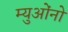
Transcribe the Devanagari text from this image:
म्युओंनो